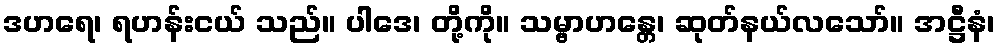
ဒဟရေ၊ ရဟန်းငယ် သည်။ ပါဒေ၊ တို့ကို။ သမ္ဗာဟန္တေ၊ ဆုတ်နယ်လသော်။ အဋ္ဌီနံ၊